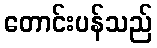
တောင်းပန်သည်